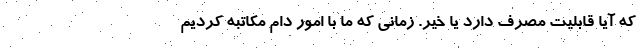
که آیا قابلیت مصرف دارد یا خیر. زمانی که ما با امور دام مکاتبه کردیم